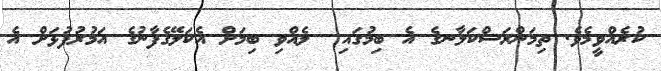
ކުރެއްވީމެވެ. ތިމަންރަސްކަލާނގެ އެ ބިމުގައި  ލެއްވި ބިމަށް އެކަލޭގެފާނުގެ އަމުރުފުޅަށް އެ